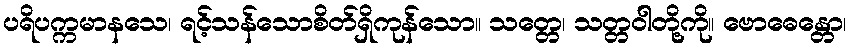
ပရိပက္ကမာနသေ၊ ရင့်သန်သောစိတ်ရှိကုန်သော။ သတ္တေ၊ သတ္တဝါတို့ကို။ ဗောဓေန္တော၊